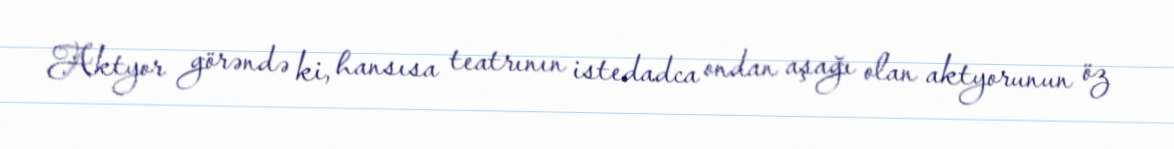
Aktyor görəndə ki, hansısa teatrının istedadca ondan aşağı olan aktyorunun öz